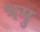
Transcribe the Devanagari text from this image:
श्रमु